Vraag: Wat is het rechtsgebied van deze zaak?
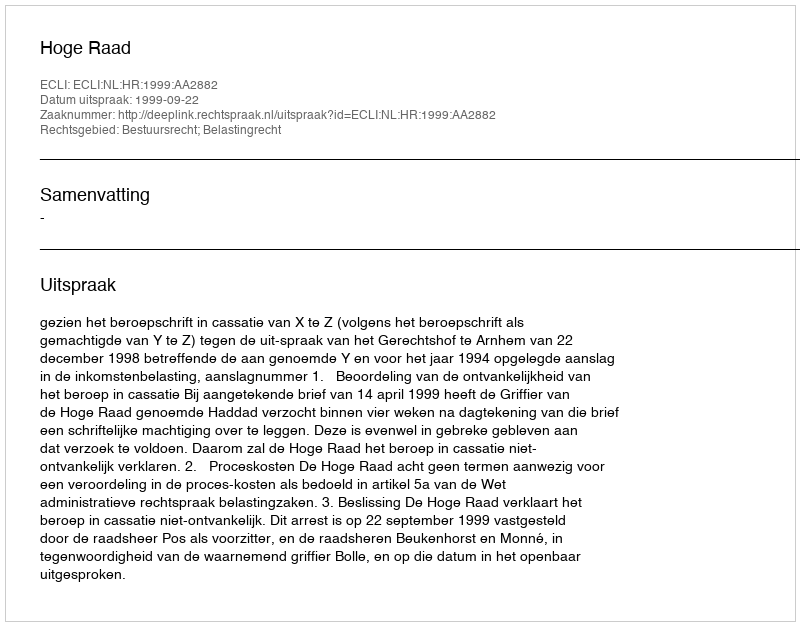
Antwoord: Bestuursrecht; Belastingrecht